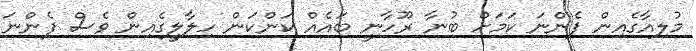
މުލިއާގެއިން ފެންނަ ކަމަށް ބުނާ ރޫހާނީ ބައެއް ކަންކަން ހިލާލީގެއިން ވެސް ފެންނަ